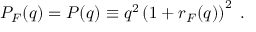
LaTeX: P _ { F } ( q ) = P ( q ) \equiv q ^ { 2 } \left( 1 + r _ { F } ( q ) \right) ^ { 2 } \; .